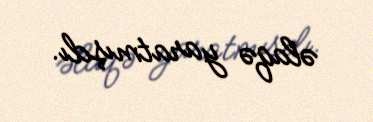
əlaqə yaratmışdı.